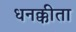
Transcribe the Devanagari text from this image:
धनक्कीता